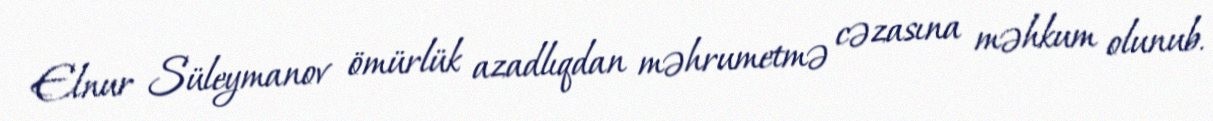
Elnur Süleymanov ömürlük azadlıqdan məhrumetmə cəzasına məhkum olunub.